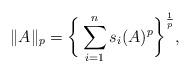
LaTeX: \begin{align*}\|A\|_p = \bigg\{\sum_{i = 1}^ns_{i}(A)^p\bigg\}^\frac{1}{p},\end{align*}